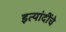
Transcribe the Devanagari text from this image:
इत्यांदींचे